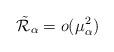
LaTeX: \begin{align*} \tilde{\mathcal{R}}_{\alpha}=o(\mu_\alpha^2) \end{align*}